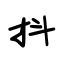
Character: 抖